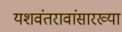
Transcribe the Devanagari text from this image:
यशवंतरावांसारख्या